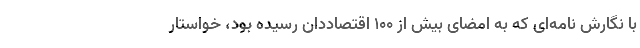
با نگارش نامه‌ای که به امضای بیش از ۱۰۰ اقتصاددان رسیده بود، خواستار